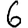
Digit: 6